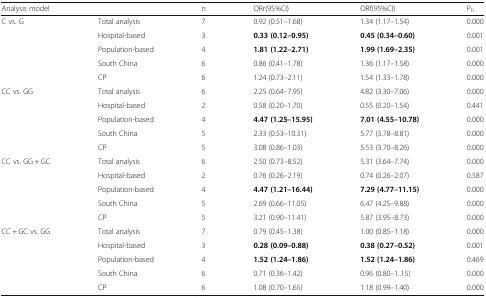
<table><thead><tr><td colspan="2"><b>Analysis model</b></td><td><b>n</b></td><td><b>ORr(95%CI)</b></td><td><b>ORf(95%CI)</b></td><td><b>P<sub>h</sub></b></td></tr></thead><tbody><tr><td>C vs. G</td><td>Total analysis</td><td>7</td><td>0.92 (0.51–1.68)</td><td>1.34 (1.17–1.54)</td><td>0.000</td></tr><tr><td></td><td>Hospital-based</td><td>3</td><td><b>0.33 (0.12–0.95)</b></td><td><b>0.45 (0.34–0.60)</b></td><td>0.001</td></tr><tr><td></td><td>Population-based</td><td>4</td><td><b>1.81 (1.22–2.71)</b></td><td><b>1.99 (1.69–2.35)</b></td><td>0.001</td></tr><tr><td></td><td>South China</td><td>6</td><td>0.86 (0.41–1.78)</td><td>1.36 (1.17–1.58)</td><td>0.000</td></tr><tr><td></td><td>CP</td><td>6</td><td>1.24 (0.73–2.11)</td><td>1.54 (1.33–1.78)</td><td>0.000</td></tr><tr><td>CC vs. GG</td><td>Total analysis</td><td>6</td><td>2.25 (0.64–7.95)</td><td>4.82 (3.30–7.06)</td><td>0.000</td></tr><tr><td></td><td>Hospital-based</td><td>2</td><td>0.58 (0.20–1.70)</td><td>0.55 (0.20–1.54)</td><td>0.441</td></tr><tr><td></td><td>Population-based</td><td>4</td><td><b>4.47 (1.25–15.95)</b></td><td><b>7.01 (4.55–10.78)</b></td><td>0.000</td></tr><tr><td></td><td>South China</td><td>5</td><td>2.33 (0.53–10.31)</td><td>5.77 (3.78–8.81)</td><td>0.000</td></tr><tr><td></td><td>CP</td><td>5</td><td>3.08 (0.86–1.03)</td><td>5.53 (3.70–8.26)</td><td>0.000</td></tr><tr><td>CC vs. GG + GC</td><td>Total analysis</td><td>6</td><td>2.50 (0.73–8.52)</td><td>5.31 (3.64–7.74)</td><td>0.000</td></tr><tr><td></td><td>Hospital-based</td><td>2</td><td>0.76 (0.26–2.19)</td><td>0.74 (0.26–2.07)</td><td>0.587</td></tr><tr><td></td><td>Population-based</td><td>4</td><td><b>4.47 (1.21–16.44)</b></td><td><b>7.29 (4.77–11.15)</b></td><td>0.000</td></tr><tr><td></td><td>South China</td><td>5</td><td>2.69 (0.66–11.05)</td><td>6.47 (4.25–9.88)</td><td>0.000</td></tr><tr><td></td><td>CP</td><td>5</td><td>3.21 (0.90–11.41)</td><td>5.87 (3.95–8.73)</td><td>0.000</td></tr><tr><td>CC + GC vs. GG</td><td>Total analysis</td><td>7</td><td>0.79 (0.45–1.38)</td><td>1.00 (0.85–1.18)</td><td>0.000</td></tr><tr><td></td><td>Hospital-based</td><td>3</td><td><b>0.28 (0.09–0.88)</b></td><td><b>0.38 (0.27–0.52)</b></td><td>0.001</td></tr><tr><td></td><td>Population-based</td><td>4</td><td><b>1.52 (1.24–1.86)</b></td><td><b>1.52 (1.24–1.86)</b></td><td>0.469</td></tr><tr><td></td><td>South China</td><td>6</td><td>0.71 (0.36–1.42)</td><td>0.96 (0.80–1..15)</td><td>0.000</td></tr><tr><td></td><td>CP</td><td>6</td><td>1.08 (0.70–1.65)</td><td>1.18 (0.99–1.40)</td><td>0.000</td></tr></tbody></table>